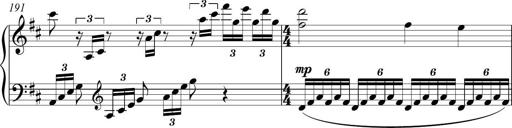
Title: Piano Sonatina in A major
Composer: Z Q Sysmoebius
Key: A major